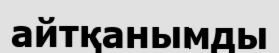
айтқанымды